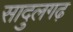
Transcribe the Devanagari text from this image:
सादुलगढ़